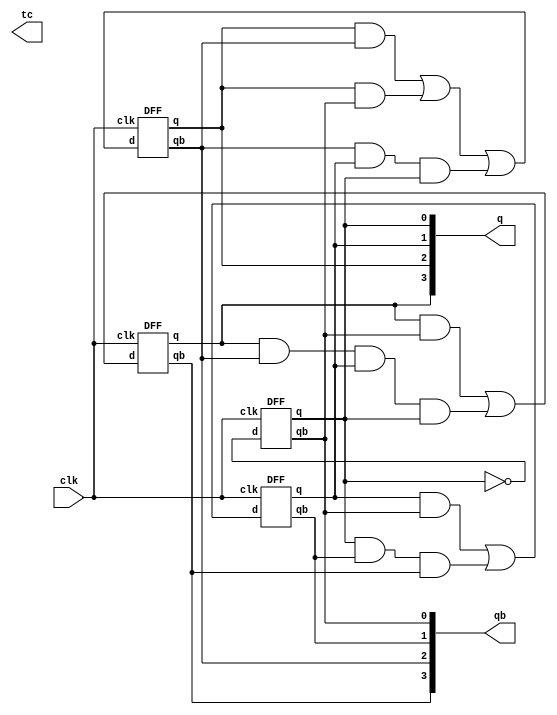
`timescale 1ns / 1ps

module decay_counter(
	input clk,
	output [3:0]q, qb,
	output tc
    );
	 
	 wire [3:0]d;
	 wire s1,s2,s3,s4,s5,s6,s7;
	
	
	 
	 DFF d0(d[0], clk, q[0], qb[0]);
	 not n1(d[0], q[0]);
	 
	 DFF d1(d[1], clk, q[1], qb[1]);
	 and a1(s1, q[1], qb[0]);
	 and a2(s2, q[0], qb[1], qb[3]);
	 or o1(d[1], s1, s2);

	 DFF d2(d[2], clk, q[2], qb[2]);
	 and a3(s3, q[2], qb[2]);
	 and a4(s4, q[2], qb[0]);
	 and a5(s5, qb[2], q[1], q[0]);
	 or o2(d[2], s3, s4, s5);
	 
	 DFF d3(d[3], clk, q[3], qb[3]);
	 and a6(s6, q[3], qb[0]);
	 and a7(s7, q[3], qb[2], q[1], q[0]);
	 or o3(d[3], s6, s7);


endmodule

module DFF(
	input d, 
	input clk, 
	output q, 
	output qb
	);
	
	wire s1, s2;
	dlatch d1(d, clk, s1, s2);
	dlatch d2(d, clkb, q, qb);
	not n(clkb, clk);
	
endmodule

module dlatch(
	input d, 
	input clk,  
	output reg s1, 
	output reg s2
	);
	
	always @ (posedge clk)
      begin
		s1 <= d;
		s2 <= ~d;
		end
		
endmodule